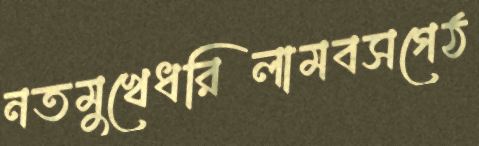
নতমুখেধরিলামবসগেঠ